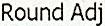
ROUND ADJ